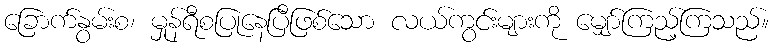
ခြောက်နွမ်းစ၊ မှုန်ရီစပြုနေပြီဖြစ်သော လယ်ကွင်းများကို မျှော်ကြည့်ကြသည်။